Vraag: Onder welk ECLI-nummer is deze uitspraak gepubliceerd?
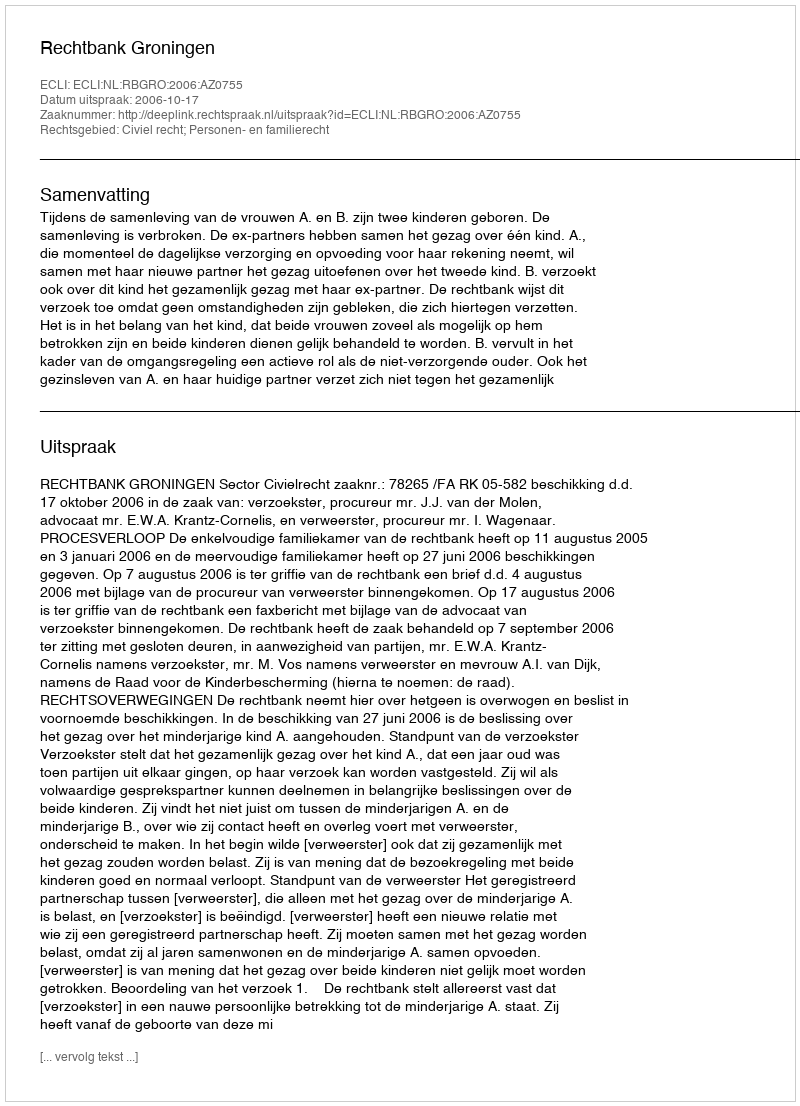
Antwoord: ECLI:NL:RBGRO:2006:AZ0755